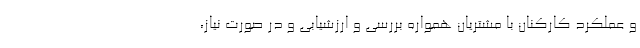
و عملکرد کارکنان با مشتریان همواره بررسی و ارزشیابی و در صورت نیاز،